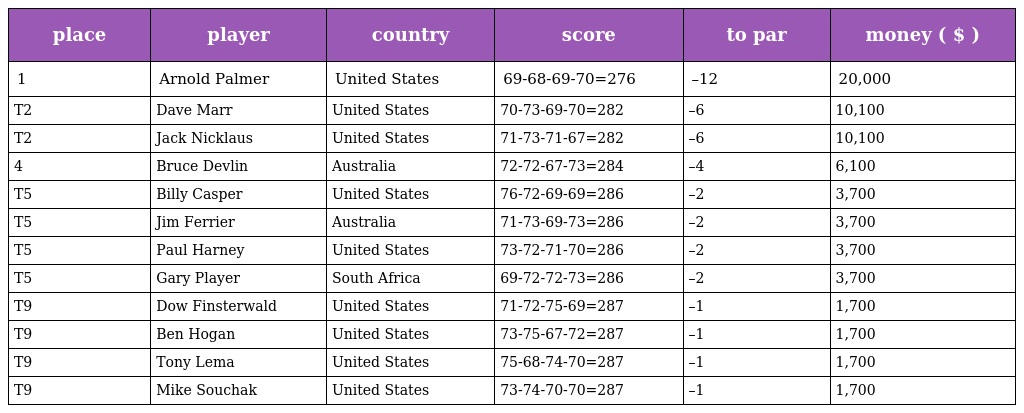
| place | player | country | score | to par | money ( $ ) |
 | --- | --- | --- | --- | --- | --- |
 | 1 | Arnold Palmer | United States | 69-68-69-70=276 | –12 | 20,000 |
 | T2 | Dave Marr | United States | 70-73-69-70=282 | –6 | 10,100 |
 | T2 | Jack Nicklaus | United States | 71-73-71-67=282 | –6 | 10,100 |
 | 4 | Bruce Devlin | Australia | 72-72-67-73=284 | –4 | 6,100 |
 | T5 | Billy Casper | United States | 76-72-69-69=286 | –2 | 3,700 |
 | T5 | Jim Ferrier | Australia | 71-73-69-73=286 | –2 | 3,700 |
 | T5 | Paul Harney | United States | 73-72-71-70=286 | –2 | 3,700 |
 | T5 | Gary Player | South Africa | 69-72-72-73=286 | –2 | 3,700 |
 | T9 | Dow Finsterwald | United States | 71-72-75-69=287 | –1 | 1,700 |
 | T9 | Ben Hogan | United States | 73-75-67-72=287 | –1 | 1,700 |
 | T9 | Tony Lema | United States | 75-68-74-70=287 | –1 | 1,700 |
 | T9 | Mike Souchak | United States | 73-74-70-70=287 | –1 | 1,700 |